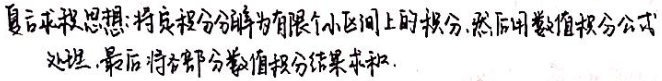
复化求积思想：将定积分分解为有限个小区间上的积分，然后用数值积分公式处理，最后将各部分数值积分结果求和。